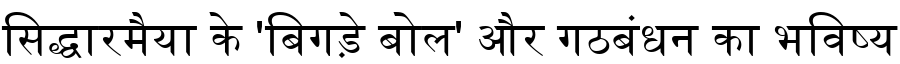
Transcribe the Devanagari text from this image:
सिद्धारमैया के 'बिगड़े बोल' और गठबंधन का भविष्य